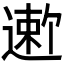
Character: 𬨻